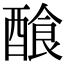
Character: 𨢁